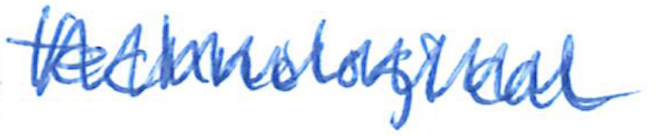
Text: technological
Cross-out: zig-zag
Writing tool: ballpoint